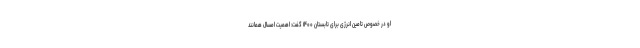
او در خصوص تامین انرژی برای تابستان ۱۴۰۰ گفت: اهمیت امسال همانند